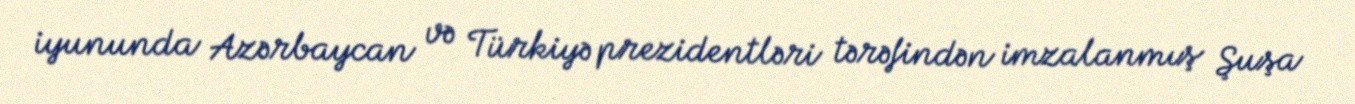
iyununda Azərbaycan və Türkiyə prezidentləri tərəfindən imzalanmış Şuşa